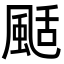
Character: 颳